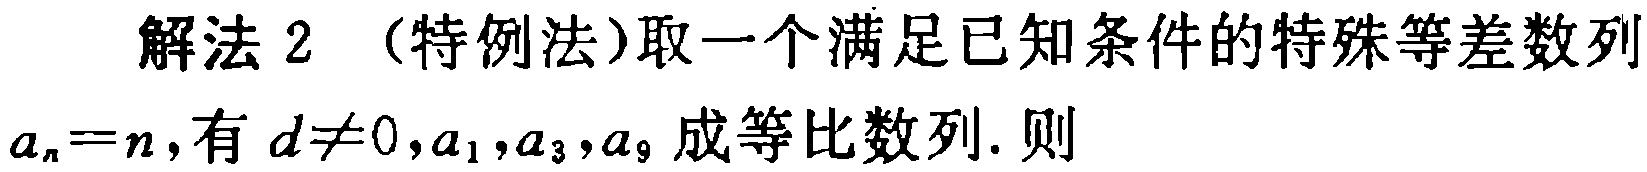
解法 2 （特例法）取一个满足已知条件的特殊等差数列
\(a_{n}=n\)，有 \(d\neq0\)，\(a_{1}\)，\(a_{3}\)，\(a_{9}\) 成等比数列. 则